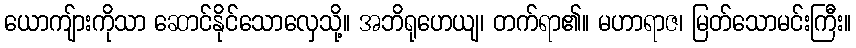
ယောကျ်ားကိုသာ ဆောင်နိုင်သောလှေသို့။ အဘိရုဟေယျ၊ တက်ရာ၏။ မဟာရာဇ၊ မြတ်သောမင်းကြီး။